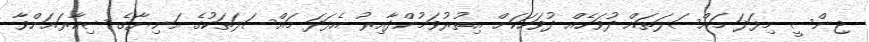
ޖިންސީ މިފަދަ މައްސަލަތައް ދުވަހެއް ދުވަހަކަށް އިތުރުވަމުންދާއިރު އެފަދަ މައްސަލަތަކުގެ އަނިޔާގެ ޝިކާރައަށްވާ